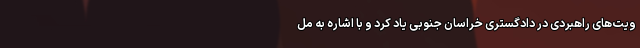
ویت‌های راهبردی در دادگستری خراسان جنوبی یاد کرد و با اشاره به مل